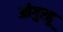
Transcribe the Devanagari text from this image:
ओगुस्तू